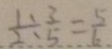
\frac { 1 } { 2 } \div \frac { 3 } { 5 } = \frac { 5 } { 6 }